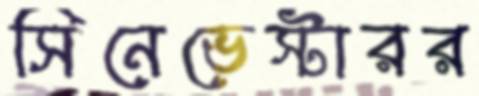
সিনেভেস্টারর